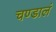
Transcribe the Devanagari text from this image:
चण्डालं